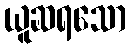
ယူဆရသော